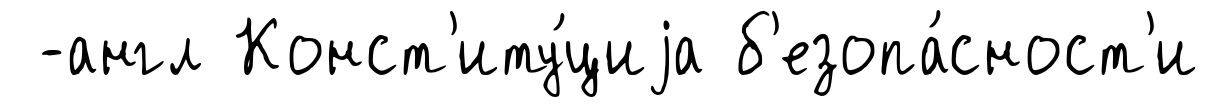
-англ Конст'иту́циjа б'езопа́сност'и